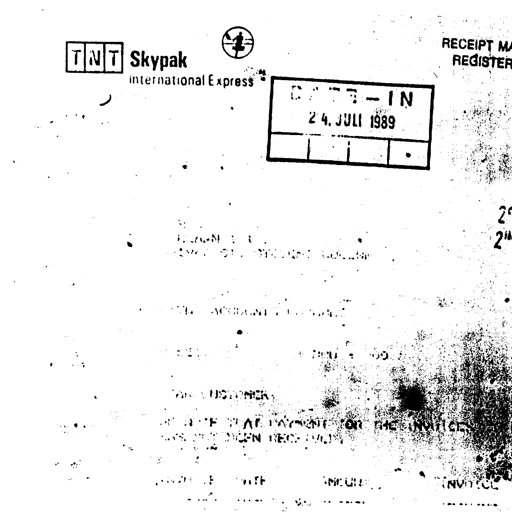
TNT Skypak
International Express
DATE-IN
24. JULI 1989
RECEIPT MA
REGISTER
DEAR CUSTOMER,
WE HAVE RECEIVED PAYMENT FOR THE INVOICE
WHICH HAS BEEN RECORDED.
INVOICE